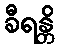
ခီရန္တိ